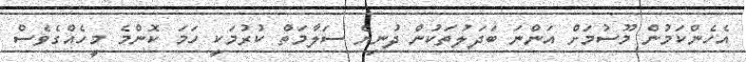
އެހެންކަމުން މޫސުމަށް އަންނަ ބަދަލުތަކުން ދުނިޔެ ސަލާމަތް ކުރުމަކީ ހަމަ ކޮންމެ މީހެއްގެވެސް